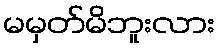
မမှတ်မိဘူးလား